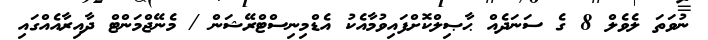
ނުވަތަ ލެވެލް 8 ގެ ސަނަދެއް ޙާޞިލްކޮށްފައިވުމާއެކު އެޑްމިނިސްޓްރޭޝަން / މެނޭޖްމަންޓް ދާއިރާއެއްގައި